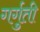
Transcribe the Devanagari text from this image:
गर्गुती